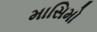
માસિમો